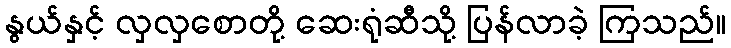
နွယ်နှင့် လှလှစောတို့ ဆေးရုံဆီသို့ ပြန်လာခဲ့ ကြသည်။